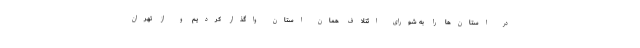
در استان‌ها را به شورای ائتلاف همان استان واگذار کردیم و از تهران